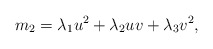
\begin{align*}m_2 = \lambda_1 u^2 +\lambda_2 uv + \lambda_3 v^2 ,\end{align*}